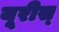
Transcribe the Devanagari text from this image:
यूरीस्